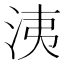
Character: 洟